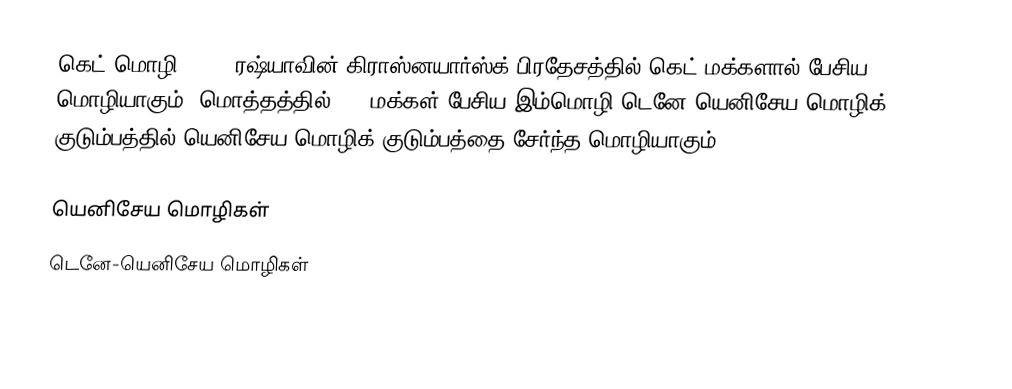
கெட் மொழி (Ket) ரஷ்யாவின் கிராஸ்னயார்ஸ்க் பிரதேசத்தில் கெட் மக்களால் பேசிய மொழியாகும். மொத்தத்தில் 550 மக்கள் பேசிய இம்மொழி டெனே-யெனிசேய மொழிக் குடும்பத்தில் யெனிசேய மொழிக் குடும்பத்தை சேர்ந்த மொழியாகும். .

யெனிசேய மொழிகள்
டெனே-யெனிசேய மொழிகள்